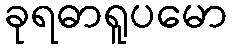
ခုရဓာရူပမော